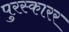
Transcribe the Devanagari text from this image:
पुरस्कारर